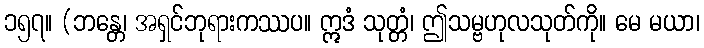
၁၅၇။ (ဘန္တေ၊ အရှင်ဘုရားကဿပ။ ဣဒံ သုတ္တံ၊ ဤသမ္ဗဟုလသုတ်ကို။ မေ မယာ၊